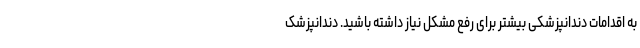
به اقدامات دندانپزشکی بیشتر برای رفع مشکل نیاز داشته باشید. دندانپزشک